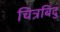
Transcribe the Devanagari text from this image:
चित्रबिंदु